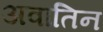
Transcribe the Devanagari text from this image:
अवातिन